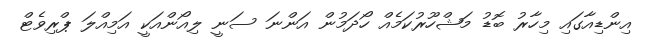
އިންޑިއާގައި މިހާރު ބޮޑު މަޝްހޫރުކަމެއް ހޯދަމުން އަންނަ ސަނީ ލިއޯންއަކީ އަމިއްލަ ޕްރިވެޓް